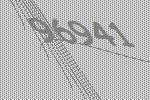
96941